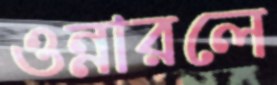
ওন্নারলে